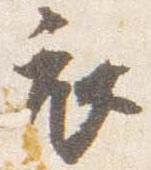
衣